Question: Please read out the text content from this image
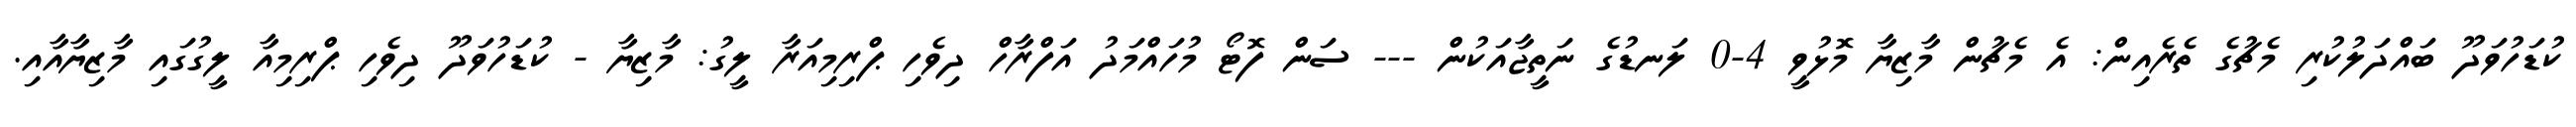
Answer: ކުޑަހުވަދޫ ބައްދަލުކުރި މެޗުގެ ތެރެއިން: އެ މެޗުން މާޒިޔާ މޮޅުވީ 4-0 ލަނޑުގެ ނަތީޖާއަކުން --- ސަން ފޮޓޯ މުހައްމަދު އަފްރާހް ދިވެހި ޕްރިމިއަރާ ލީގު: މާޒިޔާ - ކުޑަހުވަދޫ ދިވެހި ޕްރިމިއާ ލީގުގައި މާޒިޔާއާއި.